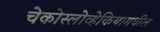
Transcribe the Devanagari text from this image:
चेकोस्लोव्हेकियामधील